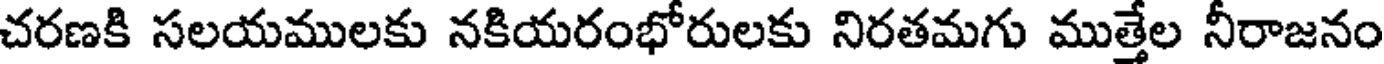
చరణకి సలయములకు నకియరంభోరులకు నిరతమగు ముత్తేల నీరాజనం